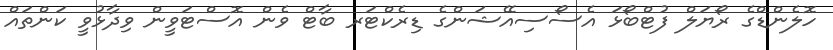
ހޮލެންޑްގެ ރޯޔަލް ފުޓްބޯޅަ އެސޯސިއޭޝަންގެ ޑިރެކްޓަރ ބާޓް ވެން އޮސްޓަވީން ވިދާޅުވީ ކަންތައް